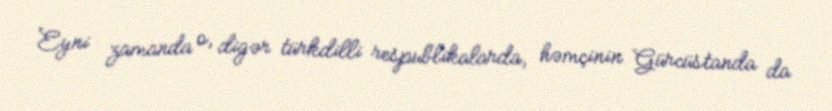
Eyni zamanda o, digər türkdilli respublikalarda, həmçinin Gürcüstanda da